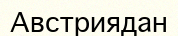
Австриядан